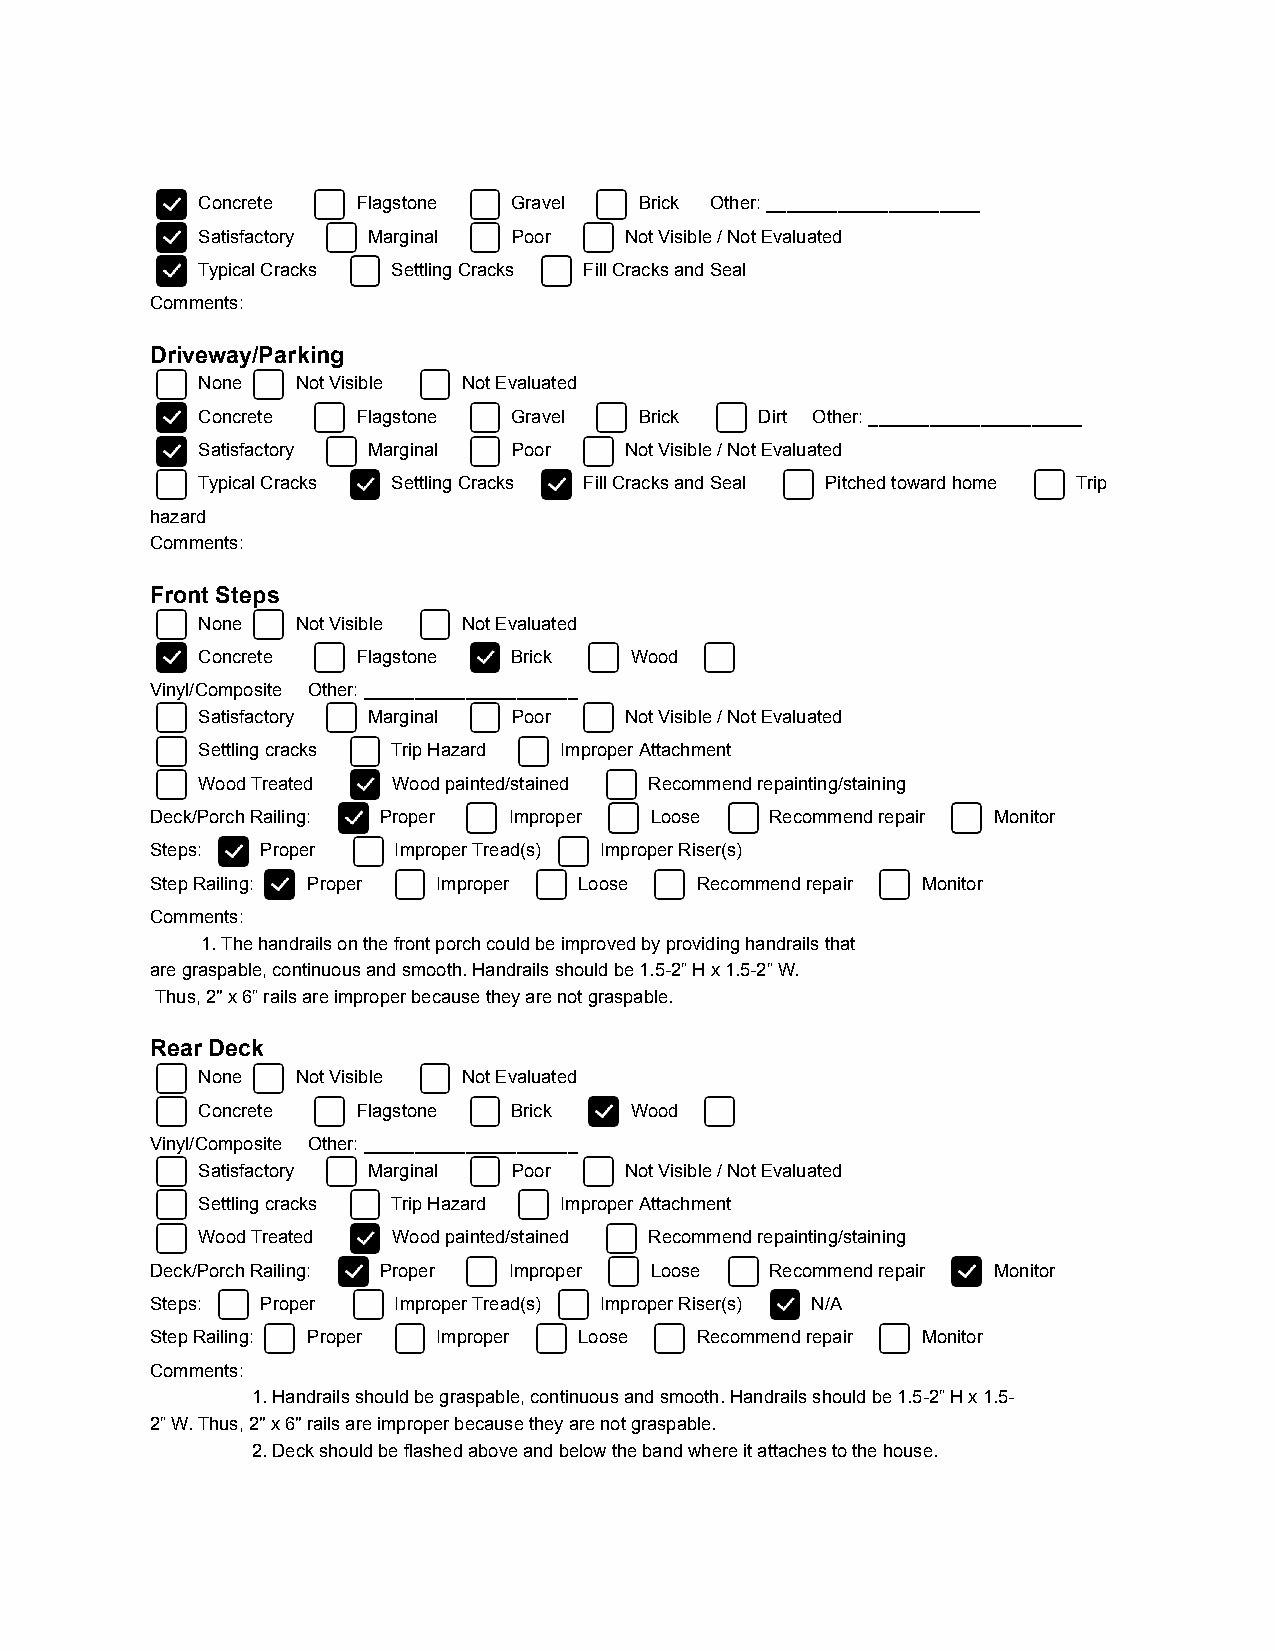
Concrete   Flagstone Gravel  Brick Other: _____________________
 Satisfactory Marginal Poor  Not Visible / Not Evaluated
 Typical Cracks Settling Cracks Fill Cracks and Seal
 Comments:
 Driveway/Parking
 None   Not Visible Not Evaluated
 Concrete   Flagstone Gravel  Brick   Dirt Other: _____________________
 Satisfactory Marginal Poor  Not Visible / Not Evaluated
 Typical Cracks Settling Cracks Fill Cracks and Seal Pitched toward home Trip
 hazard
 Comments:
 Front Steps
 None   Not Visible Not Evaluated
 Concrete   Flagstone Brick   Wood
 Vinyl/Composite Other: _____________________
 Satisfactory Marginal Poor  Not Visible / Not Evaluated
 Settling cracks Trip Hazard Improper Attachment
 Wood Treated Wood painted/stained Recommend repainting/staining
 Deck/Porch Railing: Proper Improper Loose Recommend repair Monitor
 Steps: Proper   Improper Tread(s) Improper Riser(s)
 Step Railing: Proper Improper Loose Recommend repair Monitor
 Comments:
 1. The handrails on the front porch could be improved by providing handrails that
 are graspable, continuous and smooth. Handrails should be 1.5-2” H x 1.5-2” W.
 Thus, 2" x 6” rails are improper because they are not graspable.
 Rear Deck
 None   Not Visible Not Evaluated
 Concrete   Flagstone Brick   Wood
 Vinyl/Composite Other: _____________________
 Satisfactory Marginal Poor  Not Visible / Not Evaluated
 Settling cracks Trip Hazard Improper Attachment
 Wood Treated Wood painted/stained Recommend repainting/staining
 Deck/Porch Railing: Proper Improper Loose Recommend repair Monitor
 Steps: Proper   Improper Tread(s) Improper Riser(s) N/A
 Step Railing: Proper Improper Loose Recommend repair Monitor
 Comments:
 1. Handrails should be graspable, continuous and smooth. Handrails should be 1.5-2” H x 1.5-
 2” W. Thus, 2" x 6" rails are improper because they are not graspable.
 2. Deck should be flashed above and below the band where it attaches to the house.